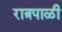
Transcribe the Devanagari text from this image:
रात्रपाळी